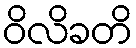
ဝိလိခတိ